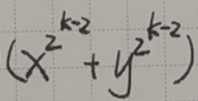
\((x^{k - 2}+y^{k - 2})\)